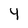
Character: 4